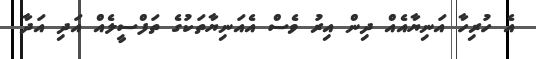
އެ ހުރިހާ އަނިޔާއެއް ދިން އިރު ވެސް އެއަނިޔާތަކުގެ ތަފްސީލެއް އަދި އަދާ